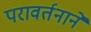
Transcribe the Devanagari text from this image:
परावर्तनाने